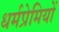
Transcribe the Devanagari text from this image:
धर्मप्रेमियों